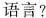
语言？